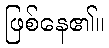
ဖြစ်နေ၏။